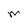
Character: M